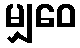
မျှဝေ